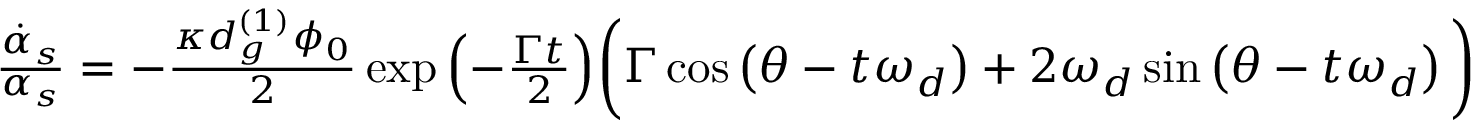
\begin{array} { r } { \frac { \dot { \alpha } _ { s } } { \alpha _ { s } } = - \frac { \kappa d _ { g } ^ { ( 1 ) } \phi _ { 0 } } { 2 } \exp { \left( - \frac { \Gamma t } { 2 } \right) } \bigg ( \Gamma \cos \left( \theta - t \omega _ { d } \right) + 2 \omega _ { d } \sin \left( \theta - t \omega _ { d } \right) \bigg ) } \end{array}